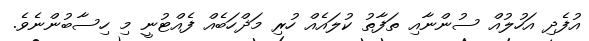
އުފެދި އަހުލުއް ސުންނާއި ތަފާތު ކުލައެއް ހުރި މަޛްހަބެއް ފެއްޓުނީ މި ހިސާބުންނެވެ.